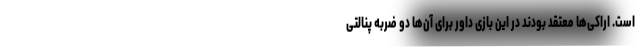
است. اراکی‌ها معتقد بودند در این بازی داور برای آن‌ها دو ضربه پنالتی